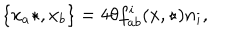
\{ x _ { a } \star , x _ { b } \} = 4 \theta f _ { a b } ^ { i } ( x , \star ) n _ { i } ,